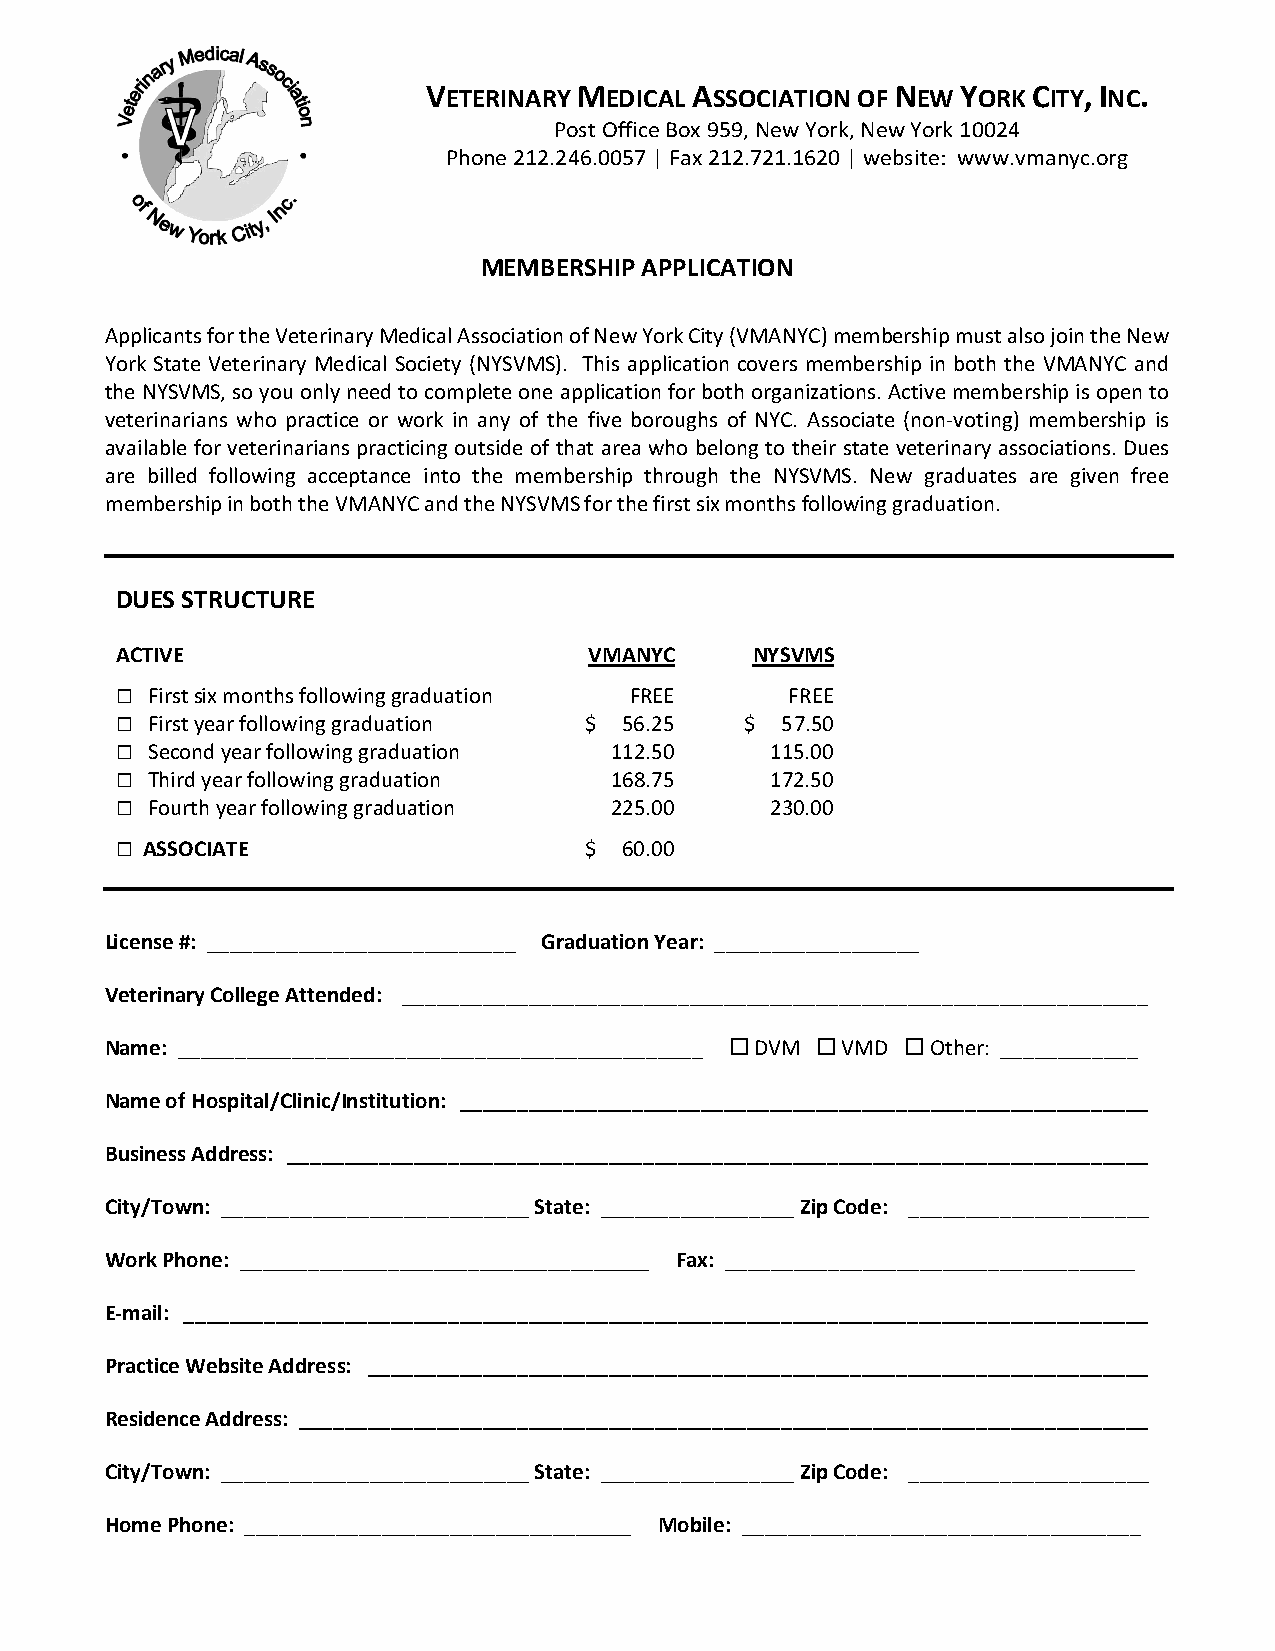
VETERINARY MEDICAL ASSOCIATION OF NEW YORK CITY, INC.
 Post Office Box 959, New York, New York 10024
 Phone 212.246.0057 | Fax 212.721.1620 | website: www.vmanyc.org
 MEMBERSHIP APPLICATION
 Applicants for the Veterinary Medical Association of New York City (VMANYC) membership must also join the New
 York State Veterinary Medical Society (NYSVMS). This application covers membership in both the VMANYC and
 the NYSVMS, so you only need to complete one application for both organizations. Active membership is open to
 veterinarians who practice or work in any of the five boroughs of NYC. Associate (non­voting) membership is
 available for veterinarians practicing outside of that area who belong to their state veterinary associations. Dues
 are billed following acceptance into the membership through the NYSVMS. New graduates are given free
 membership in both the VMANYC and the NYSVMS for the first six months following graduation.
 DUES STRUCTURE
 ACTIVE                         VMANYC     NYSVMS
 � First six months following graduation FREE FREE
 � First year following graduation $ 56.25 $ 57.50
 � Second year following graduation 112.50  115.00
 � Third year following graduation 168.75   172.50
 � Fourth year following graduation 225.00  230.00
 � ASSOCIATE                    $ 60.00
 License #: ___________________________ Graduation Year: __________________
 Veterinary College Attended: _________________________________________________________________
 Name: ______________________________________________ � DVM � VMD � Other: ____________
 Name of Hospital/Clinic/Institution: ____________________________________________________________
 Business Address: ___________________________________________________________________________
 City/Town: ___________________________ State: _________________ Zip Code: _____________________
 Work Phone: ____________________________________ Fax: ____________________________________
 E­mail: ____________________________________________________________________________________
 Practice Website Address: ____________________________________________________________________
 Residence Address: __________________________________________________________________________
 City/Town: ___________________________ State: _________________ Zip Code: _____________________
 Home Phone: __________________________________ Mobile: ___________________________________